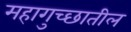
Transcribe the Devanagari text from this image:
महागुच्छातील